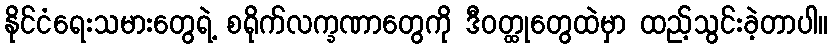
နိုင်ငံရေးသမားတွေရဲ့ စရိုက်လက္ခဏာတွေကို ဒီဝတ္ထုတွေထဲမှာ ထည့်သွင်းခဲ့တာပါ။